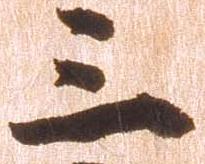
三